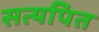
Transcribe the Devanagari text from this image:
सत्यपित